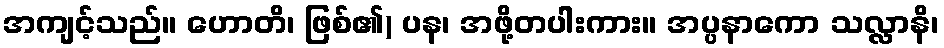
အကျင့်သည်။ ဟောတိ၊ ဖြစ်၏) ပန၊ အဖို့တပါးကား။ အပ္ပနာကော သလ္လာနိ၊